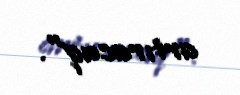
artıracaq".